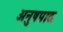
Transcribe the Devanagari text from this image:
अनुषपाद